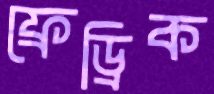
ফ্রেড্রিক